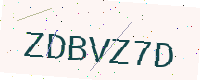
Text: ZDBVZ7D